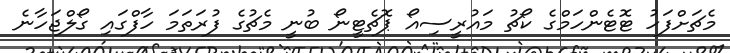
މެޗަށްފަހު ޓޮޓެންހަމްގެ ކޯޗު މައުރީސިއޯ ޕޮޗެޓީނޯ ބުނީ މެޗުގެ ފުރަތަމަ ހާފްގައި ގޯލްޖަހާނެ